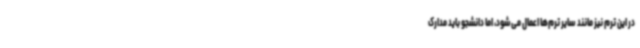
در این ترم نیز مانند سایر ترم‌ها اعمال می‌شود، اما دانشجو باید مدارک